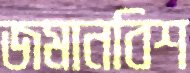
জমানবিশ